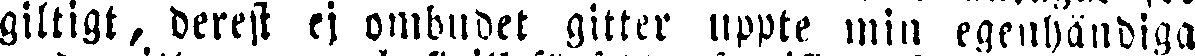
giltigt, derest ej ombndet gitter uppte min egenhändiga